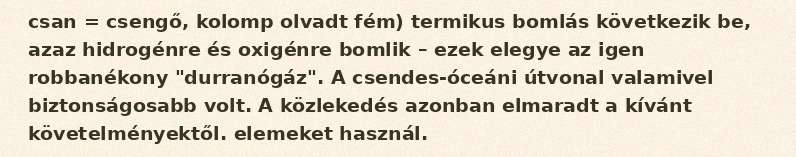
csan = csengő, kolomp olvadt fém) termikus bomlás következik be, azaz hidrogénre és oxigénre bomlik – ezek elegye az igen robbanékony "durranógáz". A csendes-óceáni útvonal valamivel biztonságosabb volt. A közlekedés azonban elmaradt a kívánt követelményektől. elemeket használ.